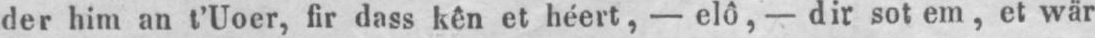
der him an t’Uoer, fir dass Kên et héert, - elô, - dir sot em, et wär